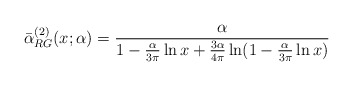
\begin{align*}\bar\alpha^{(2)}_{RG}(x;\alpha)= \frac{\alpha}{1-\frac{\alpha}{3\pi}\ln x+\frac{3\alpha}{4\pi}\ln(1-\frac{\alpha}{3\pi}\ln x)}\end{align*}